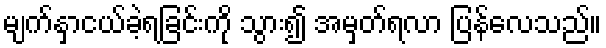
မျက်နှာငယ်ခဲ့ရခြင်းကို သွား၍ အမှတ်ရလာ ပြန်လေသည်။